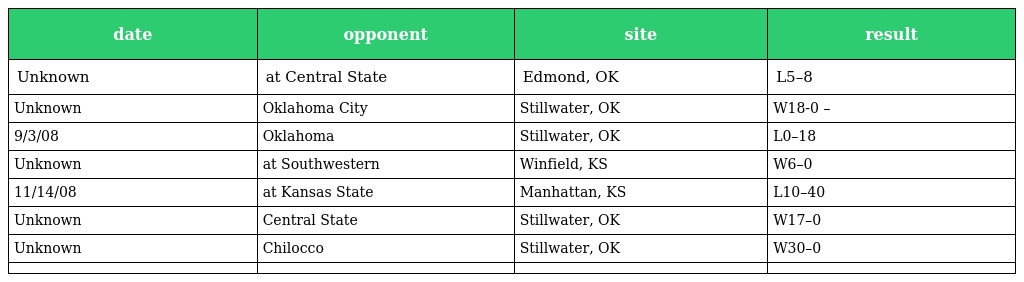
| date | opponent | site | result |
 | --- | --- | --- | --- |
 | Unknown | at Central State | Edmond, OK | L5–8 |
 | Unknown | Oklahoma City | Stillwater, OK | W18-0 – |
 | 9/3/08 | Oklahoma | Stillwater, OK | L0–18 |
 | Unknown | at Southwestern | Winfield, KS | W6–0 |
 | 11/14/08 | at Kansas State | Manhattan, KS | L10–40 |
 | Unknown | Central State | Stillwater, OK | W17–0 |
 | Unknown | Chilocco | Stillwater, OK | W30–0 |
 |  |  |  |  |